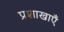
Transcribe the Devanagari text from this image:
प्रशाखाऍं